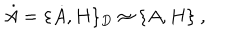
\dot { A } = \{ \dot { A } , H \} _ { D } \approx \{ A , H \} \ ,